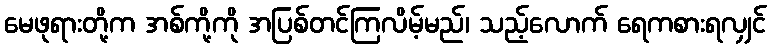
မေဖုရားတို့က အစ်ကို့ကို အပြစ်တင်ကြလိမ့်မည်၊ သည့်လောက် ရေကစားရလျှင်